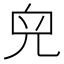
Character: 𠒇